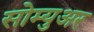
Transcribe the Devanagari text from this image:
सोम्युअर